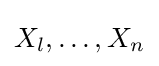
X_{l},\ldots ,X_{n}